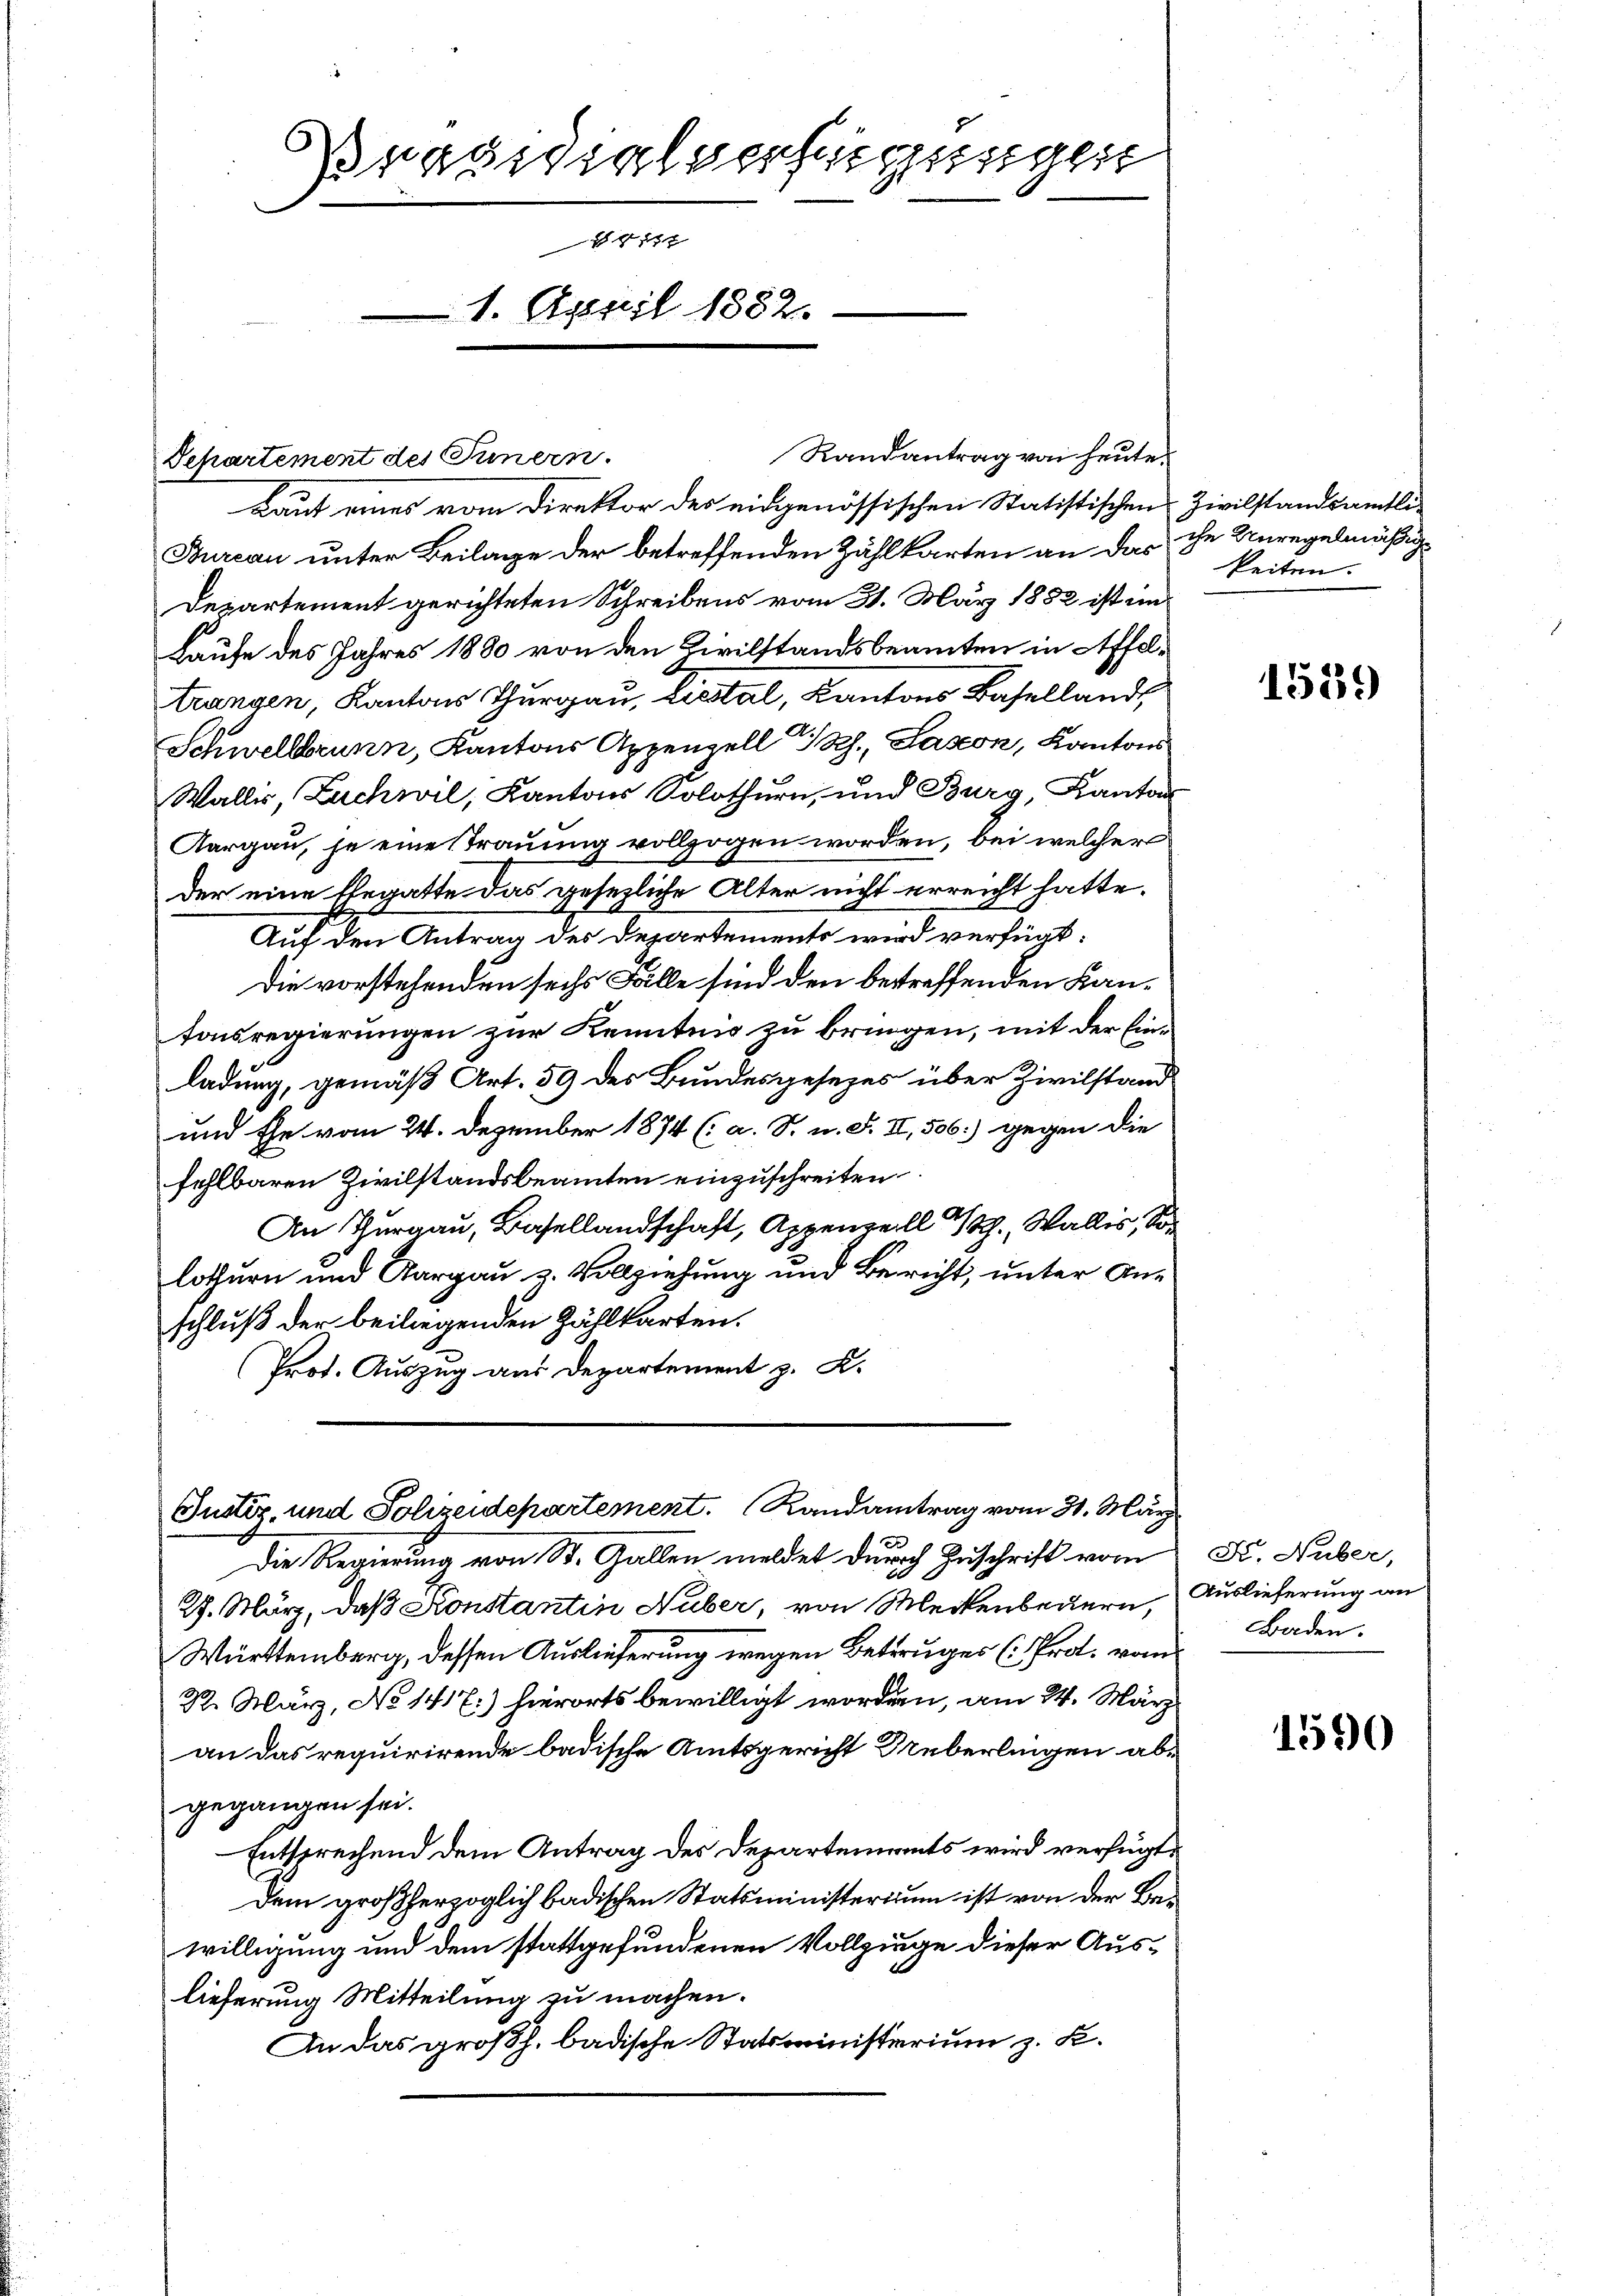
Brandialverfügungen
 18 x
1. April 1882.

Departement des Innern.
Laut eines vom Direktor des eidgenössischen Statistischen Zivilstandsamtli¬
Bureau unter Beilage der betreffenden Zählkarten an das ihn Anregelmäßig¬
Departement gerichteten Schreibens vom 31. März 1882 ist im
Laufe des Jahres 1880 von den Civilstandsbeamten in Affeltrangen, Kantons Thurgau, Listal, Kantons Baselland,
Schwellbrunn, Kantons Appenzell I.Rh., Saxon, Kantons
Wallis, Zuchwil, Kantons Solothurn, und Burg, Kanton
Aargau, je eine Trauung vollzogen worden, bei welcher
der eine Ehegatte das gesezliche Alter nicht erreicht hatte.
Auf den Antrag des Departements wird verfügt:
Die vorstehenden sechs Fälle sind den betreffenden Kantonsregierungen zur Kenntnis zu bringen, mit der Einladung, gemäß Art. 59 des Bundesgesezes über Zivilstand
und Ehe vom 24. Dezember 1874 (: a. S. u. F. II, 506) gegen die
fehlbaren Zivilstandsbeamten einzuschreiten
An Thurgau, Basellandschaft, Appenzell 1., Wallis, Solothurn und Aargau u. Vollziehung und Bericht, unter Anschluß der beiliegenden Zählkarten.
Prot. Auszug aus Departement z. K.

Randantrag von heute.

Justiz- und Polizeidepartement. Randantrag vom 31. März

Die Regierung von St. Gallen meldet durch Zuschrift vom
29. März, daß Konstantin Huber, von Meckenbeckern,
Württemberg, dessen Auslieferung wegen Betruges (Prot. vom
22. März, No 1417.) hierorts bewilligt worden, am 24. März
an das requirirende badische Amtsgericht Seberlingen abgegangen sei.
Entsprechend dem Antrag des Departements wird verfügt,
Dem großherzoglich badischen Statsministerium ist von der Bewilligung und dem stattgefundenen Vollziege dieser Auslieferung Mitteilung zu machen.
An das großh. badische Statsministerium z. K.

keiten.

1539

Fr. Nuber,
Auslieferung an
Baden.

1590